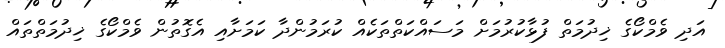
އަދި ވެމްކޯގެ ޚިދުމަތް ފުޅާކުރުމަށް މަސައްކަތްތަކެއް ކުރަމުންދާ ކަމަށާއި އެގޮތުން ވެމްކޯގެ ޚިދުމަތްތައް